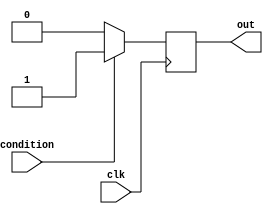
module if_else_module (
    input wire clk,
    input wire condition,
    output reg out
);

always @ (posedge clk) begin
    out <= (condition) ? 1'b1 : 1'b0;
end

endmodule